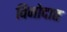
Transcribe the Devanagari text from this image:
विनोदात